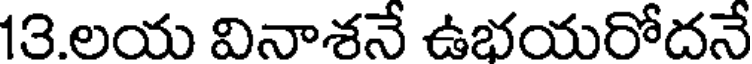
13.లయ వినాశనే ఉభయరోదనే